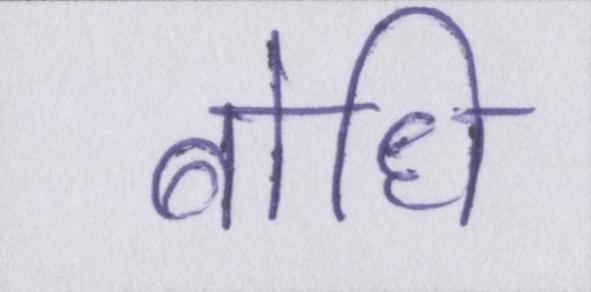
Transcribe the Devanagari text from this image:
बोधि